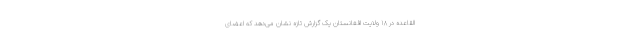
القاعده در ۱۸ ولایت افغانستان یک گزارش تازه نشان می‌دهد که اعضای